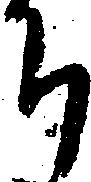
ち